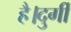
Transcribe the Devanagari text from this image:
है।दुर्गी